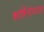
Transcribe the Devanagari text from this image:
कार्सिनोमाटस